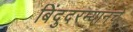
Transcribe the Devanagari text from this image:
बिंदुदरम्यानचे